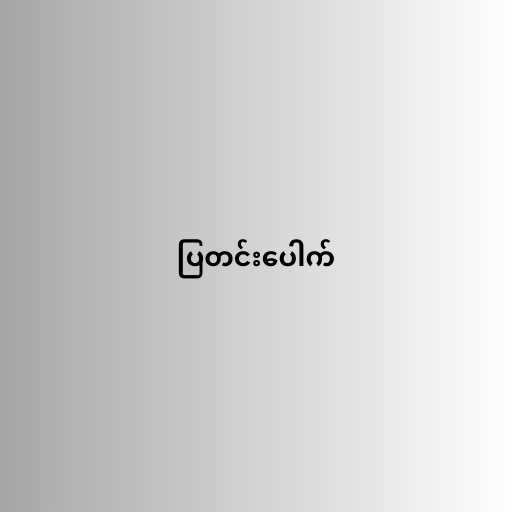
ပြတင်းပေါက်